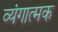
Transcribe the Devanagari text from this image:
व्‍यंगात्‍मक